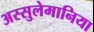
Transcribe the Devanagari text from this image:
अस्सुलेमानिया